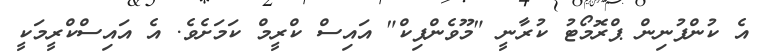
އެ ކުންފުނިން ޕްރޮމޯޓު ކުރާނީ "މޫވެންޕިކް" އައިސް ކްރީމް ކަމަށެވެ. އެ އައިސްކްރީމަކީ